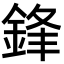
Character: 鋒